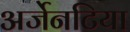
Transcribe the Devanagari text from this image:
अर्जेनटिया